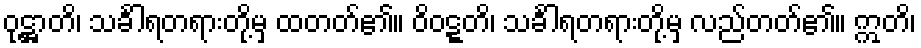
ဝုဋ္ဌာတိ၊ သင်္ခါရတရားတို့မှ ထတတ်၏။ ဝိဝဋ္ဋတိ၊ သင်္ခါရတရားတို့မှ လည်တတ်၏။ ဣတိ၊